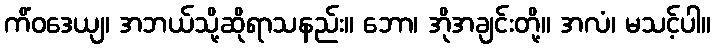
ကိံဝဒေယျ၊ အဘယ်သို့ဆိုရာသနည်း။ ဘော၊ အိုအချင်းတို့။ အလံ၊ မသင့်ပါ။